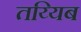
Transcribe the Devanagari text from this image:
तय्यिब